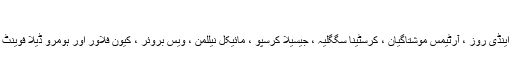
”
سی این این کی میلیسا الونسو ، اینڈی روز ، آرٹیمس موشتاگیان ، کرسٹینا سگگلیہ ، جیسیلا کرسپو ، مائیکل نیللمن ، ویس بروئر ، کیون فلاور اور ہومرو ڈیلا فوینٹ نے اس رپورٹ میں حصہ لیا۔